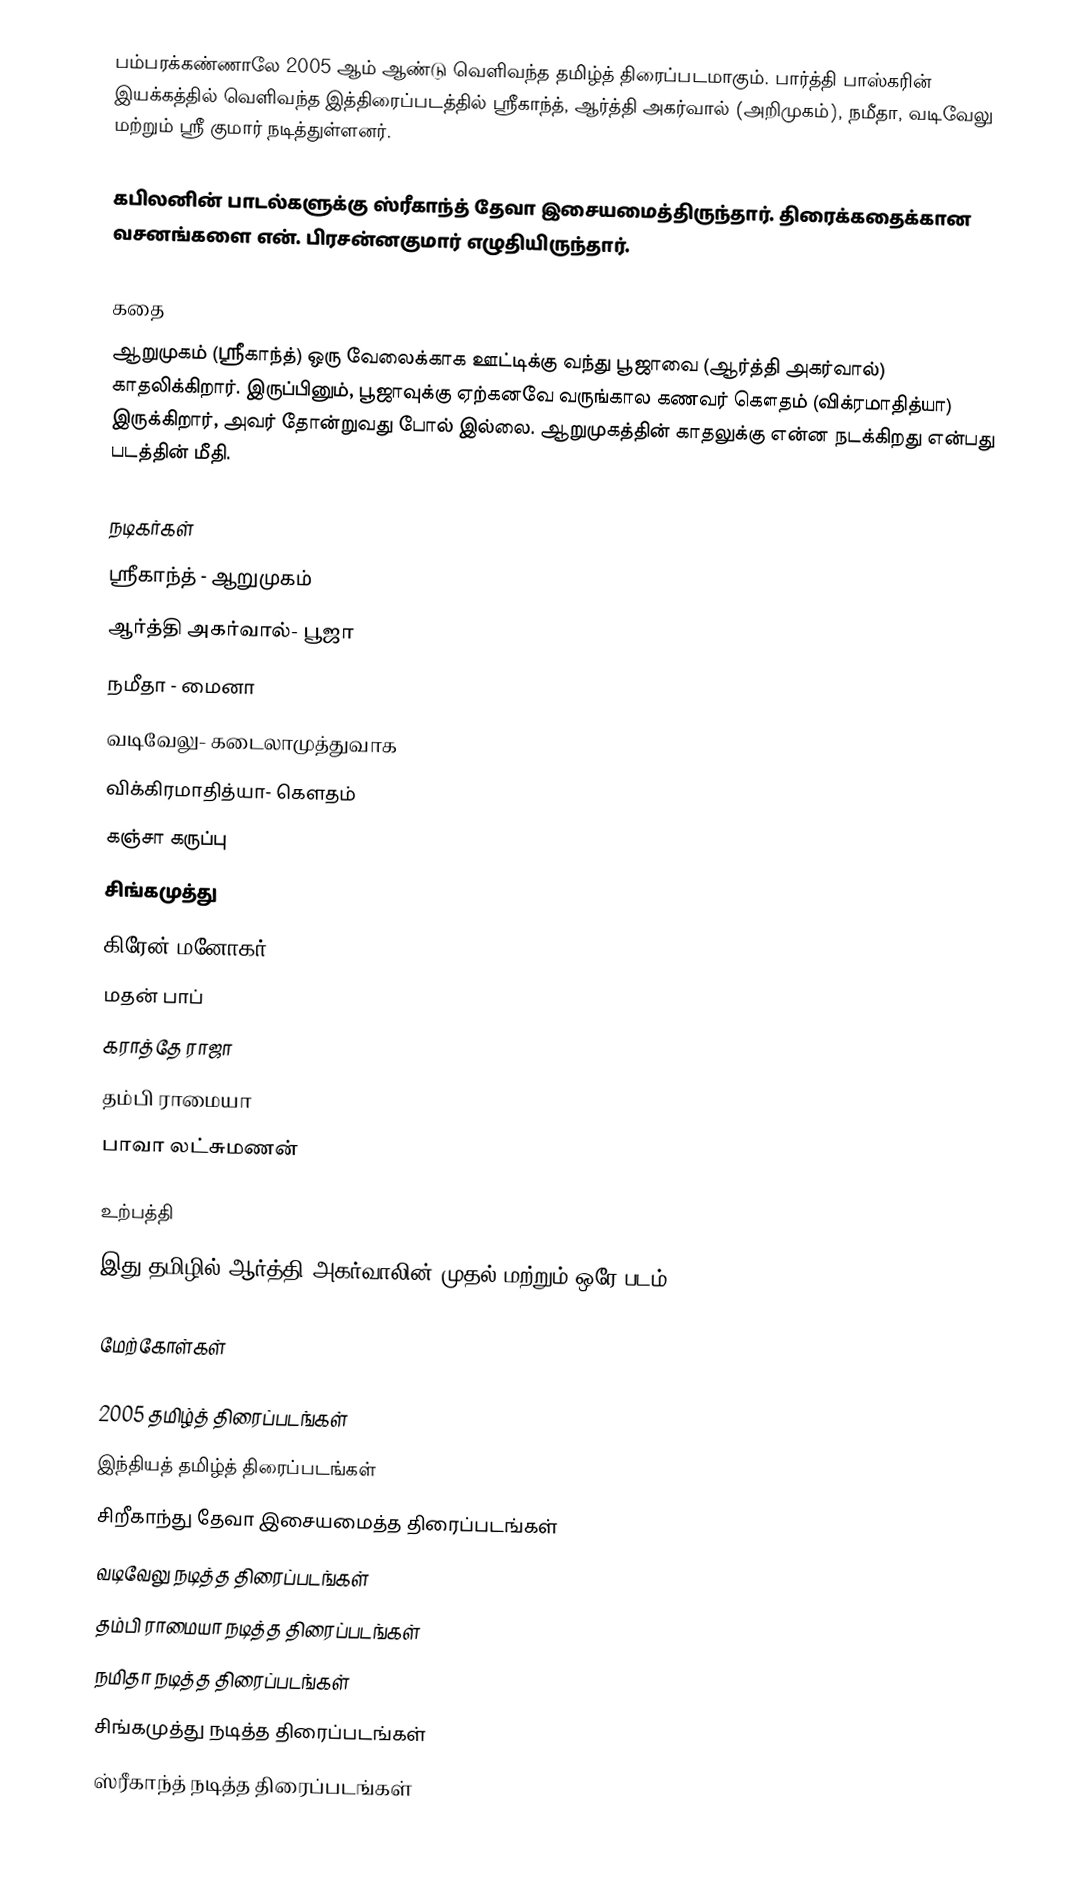
பம்பரக்கண்ணாலே 2005 ஆம் ஆண்டு வெளிவந்த தமிழ்த் திரைப்படமாகும். பார்த்தி பாஸ்கரின் இயக்கத்தில் வெளிவந்த இத்திரைப்படத்தில் ஸ்ரீகாந்த், ஆர்த்தி அகர்வால் (அறிமுகம்), நமீதா, வடிவேலு மற்றும் ஸ்ரீ குமார் நடித்துள்ளனர்.

கபிலனின் பாடல்களுக்கு ஸ்ரீகாந்த் தேவா இசையமைத்திருந்தார். திரைக்கதைக்கான வசனங்களை என். பிரசன்னகுமார் எழுதியிருந்தார்.

கதை
ஆறுமுகம் (ஸ்ரீகாந்த்) ஒரு வேலைக்காக ஊட்டிக்கு வந்து பூஜாவை (ஆர்த்தி அகர்வால்) காதலிக்கிறார். இருப்பினும், பூஜாவுக்கு ஏற்கனவே வருங்கால கணவர் கௌதம் (விக்ரமாதித்யா) இருக்கிறார், அவர் தோன்றுவது போல் இல்லை. ஆறுமுகத்தின் காதலுக்கு என்ன நடக்கிறது என்பது படத்தின் மீதி.

நடிகர்கள்
 ஸ்ரீகாந்த் - ஆறுமுகம்
 ஆர்த்தி அகர்வால்- பூஜா
 நமீதா - மைனா
 வடிவேலு- கடைலாமுத்துவாக
 விக்கிரமாதித்யா-  கௌதம்
 கஞ்சா கருப்பு
 சிங்கமுத்து
 கிரேன் மனோகர்
 மதன் பாப்
 கராத்தே ராஜா
 தம்பி ராமையா
 பாவா லட்சுமணன்

உற்பத்தி
இது தமிழில் ஆர்த்தி அகர்வாலின் முதல் மற்றும் ஒரே படம்.

மேற்கோள்கள்

2005 தமிழ்த் திரைப்படங்கள்
இந்தியத் தமிழ்த் திரைப்படங்கள்
சிறீகாந்து தேவா இசையமைத்த திரைப்படங்கள்
வடிவேலு நடித்த திரைப்படங்கள்
தம்பி ராமையா நடித்த திரைப்படங்கள்
நமிதா நடித்த திரைப்படங்கள்
சிங்கமுத்து நடித்த திரைப்படங்கள்
ஸ்ரீகாந்த் நடித்த திரைப்படங்கள்